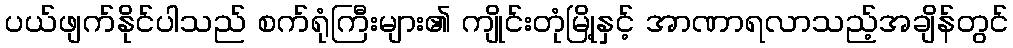
ပယ်ဖျက်နိုင်ပါသည် စက်ရုံကြီးများ၏ ကျိုင်းတုံမြို့နှင့် အာဏာရလာသည့်အချိန်တွင်